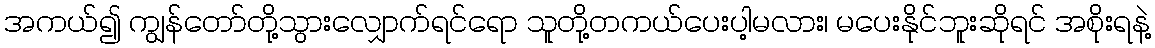
အကယ်၍ ကျွန်တော်တို့သွားလျှောက်ရင်ရော သူတို့တကယ်ပေးပါ့မလား၊ မပေးနိုင်ဘူးဆိုရင် အစိုးရနဲ့